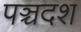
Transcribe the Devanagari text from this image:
पञ्चदश